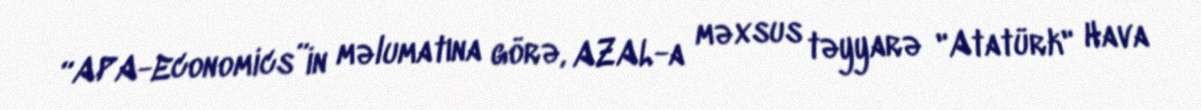
“APA-Economics”in məlumatına görə, AZAL-a məxsus təyyarə "Atatürk" Hava